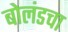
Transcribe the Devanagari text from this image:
बोलंडचा